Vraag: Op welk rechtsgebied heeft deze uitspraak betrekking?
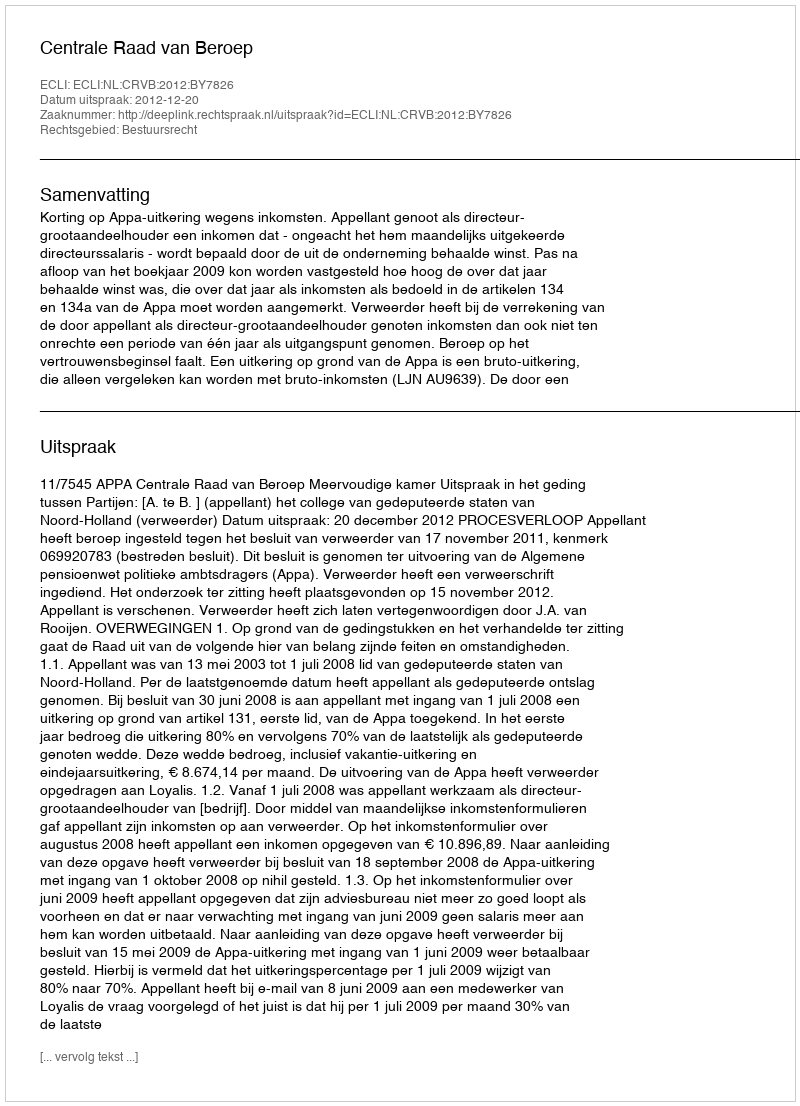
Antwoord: Bestuursrecht